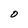
Character: O